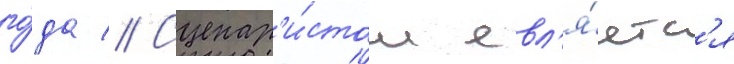
го́да // Сценар'и́стом явл'я́етс'я